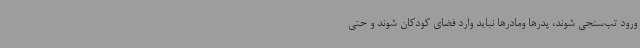
ورود تب‌سنجی شوند، پدرها ومادرها نباید وارد فضای کودکان شوند و حتی